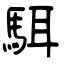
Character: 駬